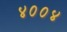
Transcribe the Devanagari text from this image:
४००४